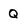
Character: Q